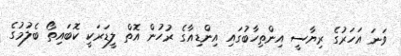
ވަނަ އަހަރުގެ ރިޔާސީ އިންތިހާބުގައި އިންޑިއާގެ ރުހުން އޮތް ލީޑަރަކީ ކޮބައިތޯ ބެލުމުގެ